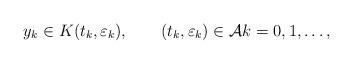
LaTeX: \begin{align*} y_k\in K({t}_k,\varepsilon_k) , \qquad({t}_k,\varepsilon_k)\in {\mathcal{A}} k=0,1,\dots, \end{align*}